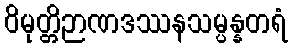
ဝိမုတ္တိဉာဏဒဿနသမ္ပန္နတရံ